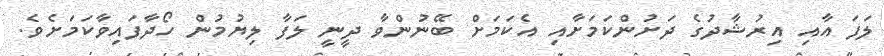
ލަފަ އާއި އިރުޝާދުގެ ދަށުންކަމަށާއި އެކަމަށް ބޭނުންވާ ދީނީ ލަފާ ލިޔުމުން ހޯދާފައިވާކަމަށެވެ.